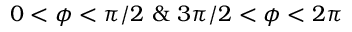
0 < \phi < \pi / 2 ~ \& ~ 3 \pi / 2 < \phi < 2 \pi